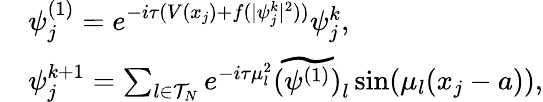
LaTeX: \begin{array}{rl}&{\psi_{j}^{(1)}=e^{-i\tau(V(x_{j})+f(|\psi_{j}^{k}|^{2}))}\psi_{j}^{k},}\\ &{\psi_{j}^{k+1}=\sum_{l\in\mathcal{T}_{N}}e^{-i\tau\mu_{l}^{2}}\widetilde{(\psi^{(1)})}_{l}\sin(\mu_{l}(x_{j}-a)),}\end{array}